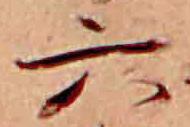
六